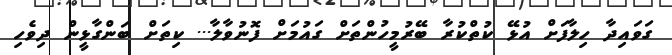
ގަވައިދާ ހިލާފަށް އުޅޭ ކުތްކުރާ ބޭރުމީހުންތަށް ގައުމަށް ފޮނުވާލާ... ކިތަށް ބަންގާޅީން ދިވެހި